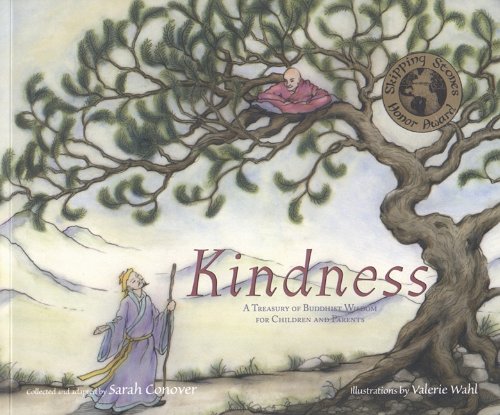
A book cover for Kindness: A Treasury of Buddhist Wisdom for Children and Parents (This Little Light of Mine); Sarah Conover; Teen & Young Adult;